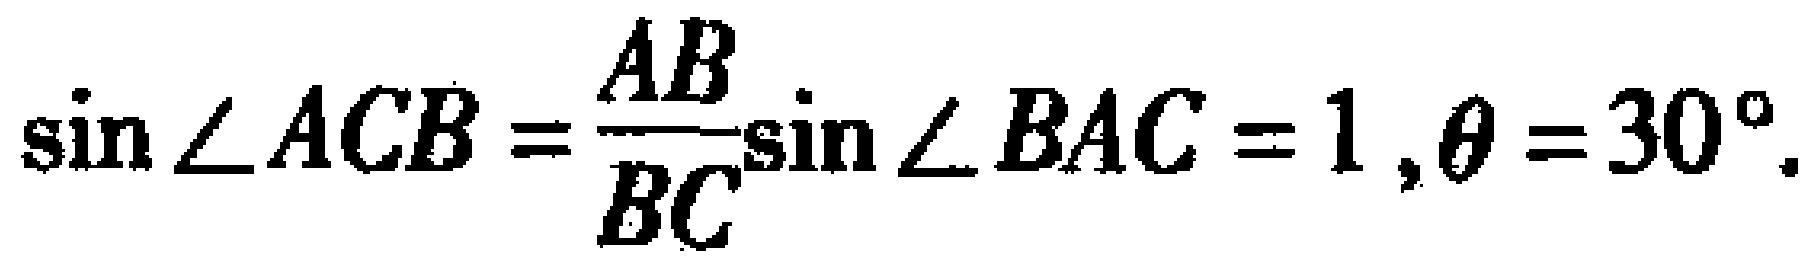
\(\sin\angle ACB = \frac{AB}{BC}\sin\angle BAC = 1,\theta = 30^{\circ}.\)